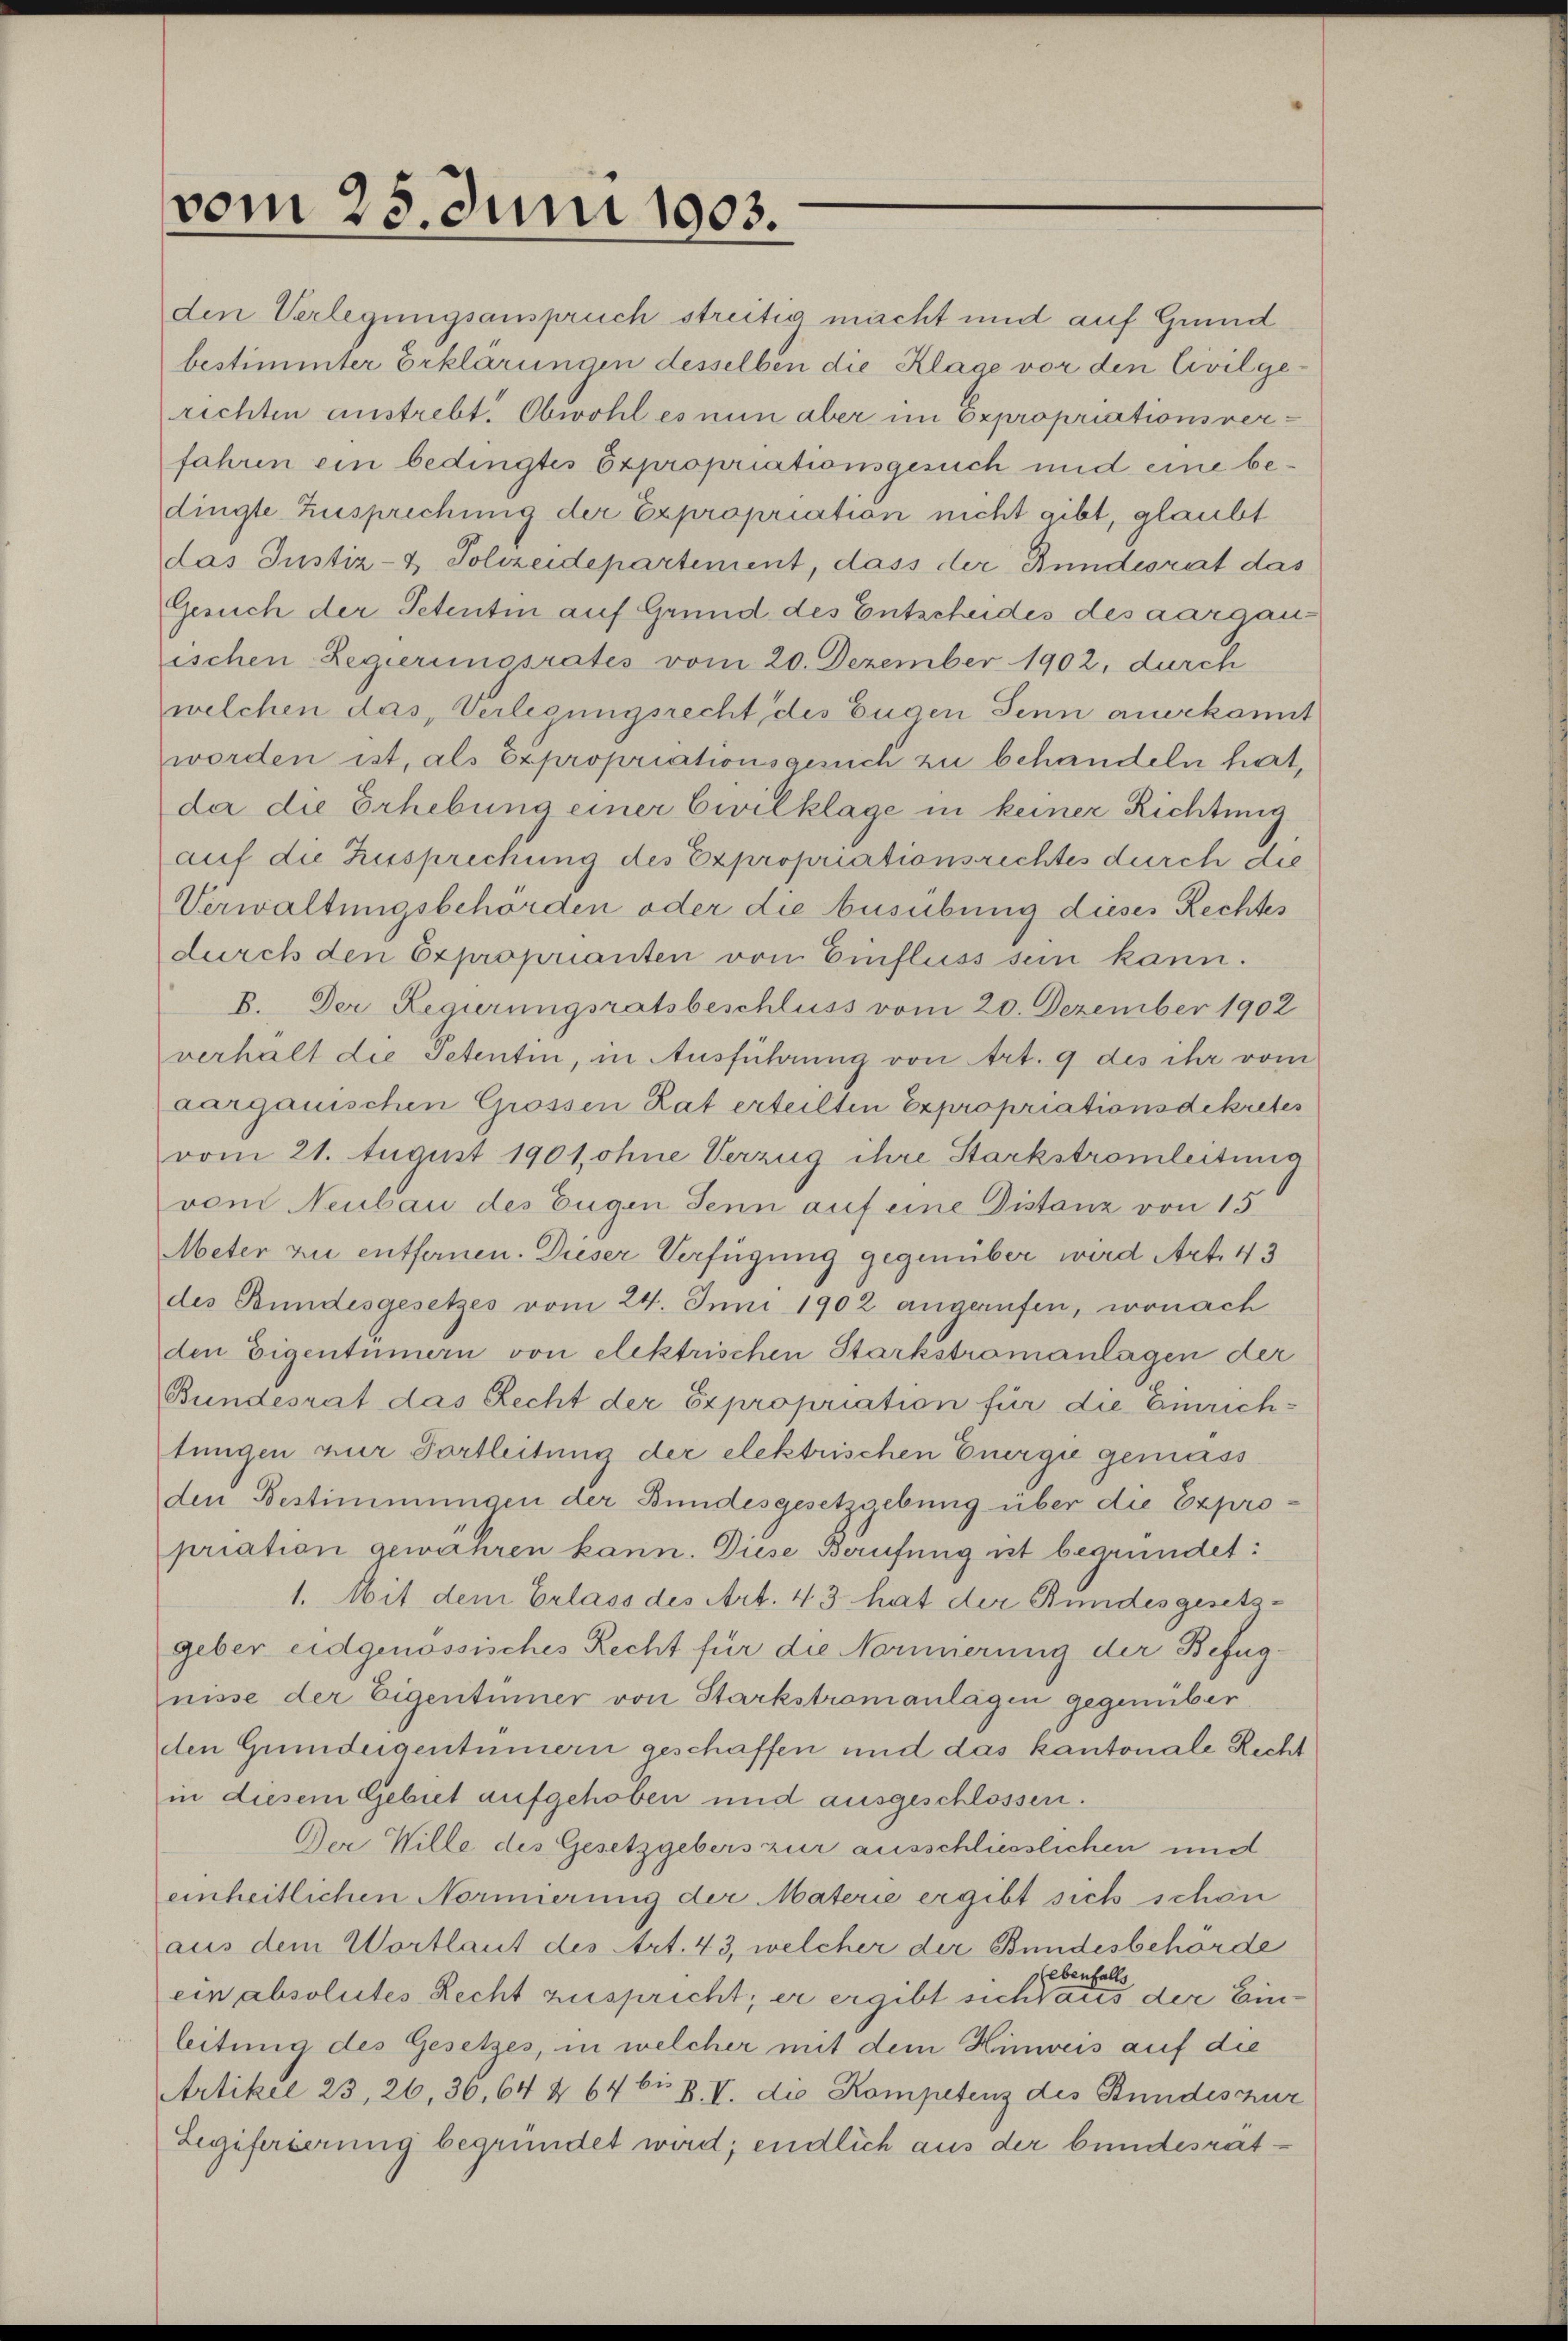
vom 25. Juni 1903.

den Verlegungsanspruch streitig macht und auf Grund
bestimmter Erklärungen desselben die Klage vor den Civilgerichten austrebt. Obwohl es nun aber im Expropriationsverfahren ein bedingtes Expropriationsgesuch und eine bedingte Zusprechung der Expropriation nicht gibt, glaubt
das Justiz- & Polizeidepartement, dass der Bundesrat das
Gesuch der Petentin auf Grund des Entscheides des aargauischen Regierungsrates vom 20. Dezember 1902, durch
welchen das, Verlegungsrecht des Eugen Senn anerkannt
worden ist, als Expropriationsgesuch zu behandeln hat,
da die Erhebung einer Civilklage in keiner Richtung
auf die Zusprechung des Expropriationsrichtes durch die
Verwaltungsbehörden oder die Ausübung dieses Rechtes
durch den Exproprianten von Einfluss sein kann.
B. Der Regierungsratsbeschluss vom 20. Dezember 1902
verhalt die Petentin, in Ausführung von Art. 9 des ihr vom
aargauischen Grossen Rat erteilten Expropriationsdekretes
vom 21. August 1901,ohne Verzug ihre Starkstromleitung
vom Neubau des Zügen Senn auf eine Distanz von 15
Meter zu entfernen. Dieser Verfügung gegenüber wird Art. 43
des Bundesgesetzes vom 24. Juni 1902 angerufen, wonach
den Eigentümern von elektrischen Starkstromanlagen der
Bundesrat das Recht der Expropriation für die Einrich-
tungen zur Portleitung der elektrischen Energie gemäss
den Bestimmungen der Bundesgesetzgebung über die Expropriation gewähren kann. Diese Berufung ist begründet:
1. Mit dem Erlass des Art. 43 hat der Bundesgesetzgeber eidgenössisches Recht für die Normerung der Befugnisse der Eigentümer von Starkstromanlagen gegenüber
den Gundeigentümern geschaffen und das kantonale Recht
in diesem Gebiet aufgehoben und ausgeschlossen.
Der Wille des Gesetzgebers zur ausschliesslichen und
einheitlichen Normierung der Materie ergibt sich schön
aus dem Wortlaut des Art. 43, welcher der Bundesbehörde
gebenfalls
ein absolutes Recht zuspricht; er ergibt sichtaus der Einleitung des Gesetzes, in welcher mit dem Hinweis auf die
Artikel 23, 26, 36, 64 & 64 bis 8. V. die Kompetenz des Bundeszur
Legiferierung begründet wird; endlich aus der bundesrat¬